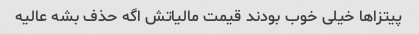
پیتزاها خیلی خوب بودند قیمت مالیاتش اگه حذف بشه عالیه